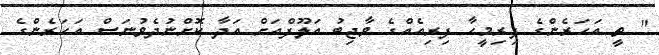
" ތީ އަހަރެންގެ ފިރިމީހާ ފިރިއެއްގެ ވާޖިބު އަލޫފްއަށް އަދާ ކޮށްނުދެވުނަސް އަހަރެންގެ